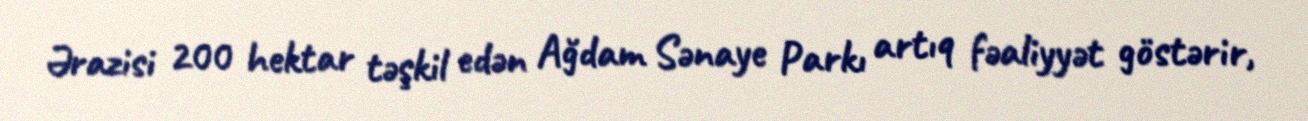
Ərazisi 200 hektar təşkil edən Ağdam Sənaye Parkı artıq fəaliyyət göstərir,